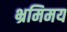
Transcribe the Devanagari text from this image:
भ्रमिमय